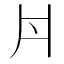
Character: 𠂁